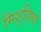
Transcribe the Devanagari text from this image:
मिशुहिसा